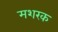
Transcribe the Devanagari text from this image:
मशरक